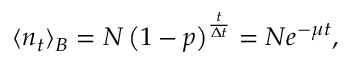
\langle n _ { t } \rangle _ { B } = N \left( 1 - p \right) ^ { \frac { t } { \Delta t } } = N e ^ { - \mu t } ,